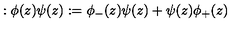
: \phi ( z ) \psi ( z ) : = \phi _ { - } ( z ) \psi ( z ) + \psi ( z ) \phi _ { + } ( z )